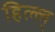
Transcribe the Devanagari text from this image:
हिल्ल्